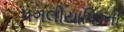
પગલીયાપિરની